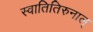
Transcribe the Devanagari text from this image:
स्वातितिरुनाल्